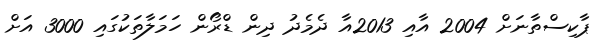
ޕާކިސްތާނަށް 2004 އާއި 2013އާ ދެމެދު ދިން ޑްރޯން ހަމަލާތަކުގައި 3000 އަށް